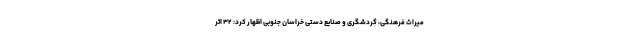
میراث فرهنگی، گردشگری و صنایع دستی خراسان جنوبی اظهار کرد: ۳۲ اثر